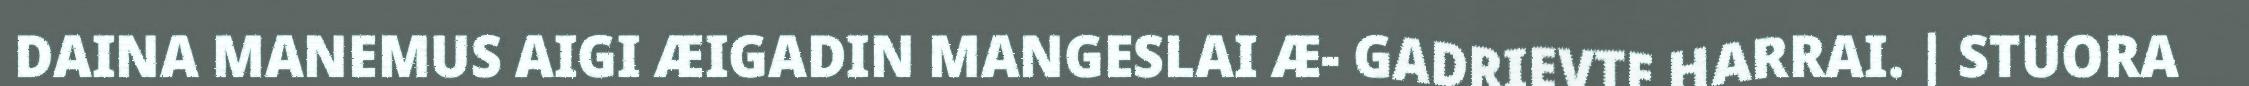
DAINA MANEMUS AIGI ÆIGADIN MANGESLAI Æ- GADRIEVTE HARRAI. | STUORA